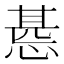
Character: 𢝖